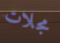
مجلات